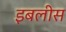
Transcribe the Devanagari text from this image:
इबलीस